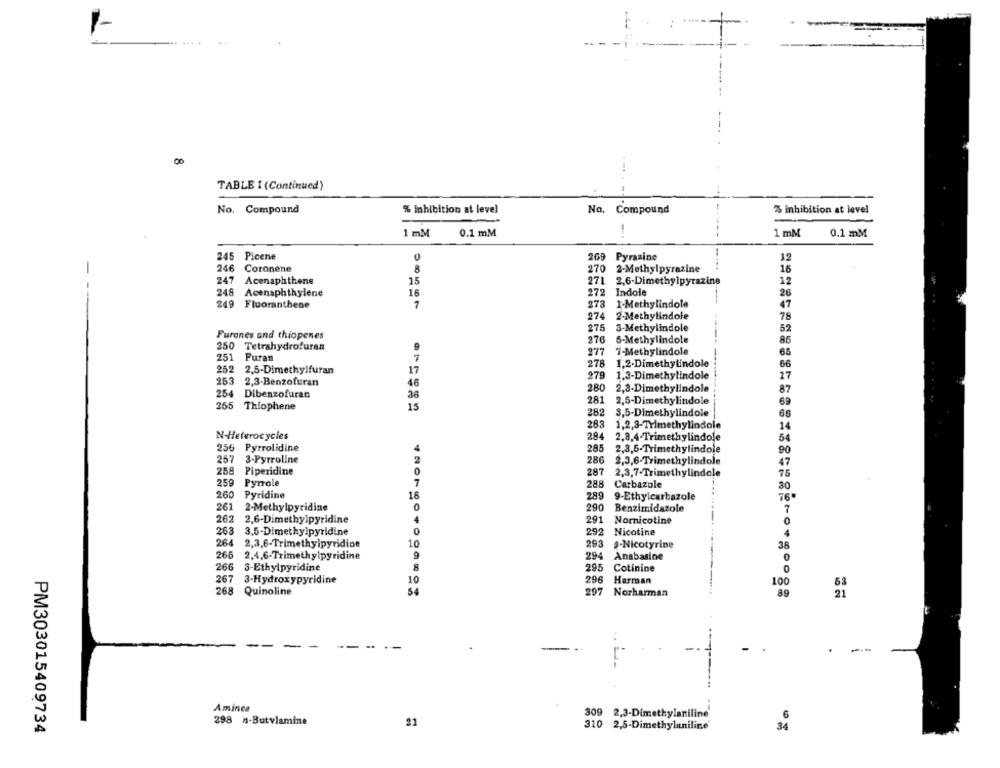
00
TABLE 1 (Continued)
No. Compound
% inhibition at level
No, Compound
% inhibition at level
1 mM
0.1 mM
-
1 mM
0.1 mM
245 Picene
269
Pyrazine
12
246 Coronene
8
270
2-Methylpyrazine
16
247 Acenaphthene
15
271
2,6-Dimethylpyrazine
12
- --
248 Acensphthylene
16
272
Indole
26
249 Fluoranthene
7
273
1-Methylindole
47
274
2-Methylindole
78
275
3-Methylindole
52
Furanes and thiopenes
276
250 Tetrahydrofuran
5-Methylindole
86
277
7-Methylindole
65
251
Furan
1
278
252
1,2-Dimethylindole
66
2.5-Dimethylfuran
17
979
1.3-Dimethylindole
17
253
2.3-Benzofuran
46
280
2,8-Dimethylindole
87
254
Dibenzofuran
36
281
255
Thiophene
15
2,5-Dimethylindole
69
282
3,5-Dimethylindole
66
283
1,2,3-Trimethylindole
14
N-Heterocycles
284
2.8,4-Trimethylindole
54
256 Pyrrolidine
285
2,3,5-Trimethylindole
90
257
3-Pyrroline
286
2,3,6-Trimethylindole
47
258
Piperidine
287
2,3,7-Trimethylindole
75
259
Pyrole
7
288
Carbazole
30
260
Pyridine
18
289
9-Ethylcarbazole
76"
261
2-Methylpyridine
0
290
Benzimidazole
7
262
2.6-Dimethylpyridine
291
Nornicotine
0
3.5-Dimethylpyridine
0
292
Nicotine
263
4
264
2,3,6-Trimethylpyridine
10
293
S-Nicotyrine
36
9
266
2,4,6-Trimethylpyridine
294
Anabasine
0
266
3-Ethylpyridine
8
295
Cotinine
0
267
3-Hydroxypyridine
10
296
Harman
100
63
268
Quinoline
54
297
Norharman
89
21
Aminca
309 2,3-Dimethylaniline
298 n-Butylamine
21
310
2,5-Dimethylaniline
PM303015409734